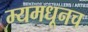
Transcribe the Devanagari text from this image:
म्यमधूनच